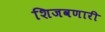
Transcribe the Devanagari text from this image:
शिजवणारी